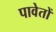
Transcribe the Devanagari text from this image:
पावेतों